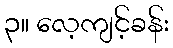
၃။ လေ့ကျင့်ခန်း